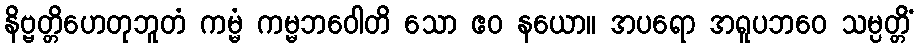
နိဗ္ဗတ္တိဟေတုဘူတံ ကမ္မံ ကမ္မဘဝေါတိ သော ဧဝ နယော။ အပရော အရူပဘဝေ သမ္ပတ္တိံ